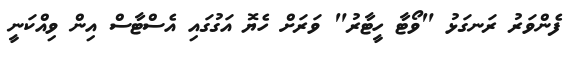
ފެންވަރު ރަނގަޅު "ވޯޓާ ހީޓާރު" ވަރަށް ހެޔޮ އަގުގައި އެސްޓާސް އިން ވިއްކަނީ